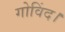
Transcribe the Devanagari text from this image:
गोविंद।